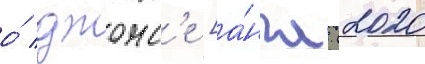
о́ джонс'е [а́нгл. (2020